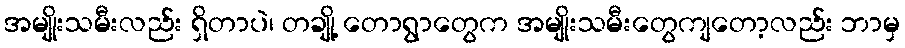
အမျိုးသမီးလည်း ရှိတာပဲ၊ တချို့ တောရွာတွေက အမျိုးသမီးတွေကျတော့လည်း ဘာမှ